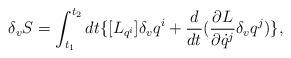
LaTeX: \begin{align*}\delta_v {S}=\int_{t_1}^{t_2}dt \{[{L}_{q^ i}] \delta_v q^i+\frac{d}{dt}(\frac{\partial {L}}{\partial \dot q^j}\delta_vq^j)\},\end{align*}